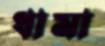
ধামা